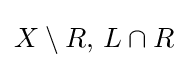
X\setminus R,\,L\cap R